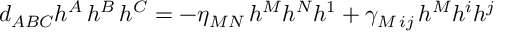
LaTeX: d _ { A B C } h ^ { A } \, h ^ { B } \, h ^ { C } = - \eta _ { M N } \, h ^ { M } h ^ { N } h ^ { 1 } + \gamma _ { M \, i j } \, h ^ { M } h ^ { i } h ^ { j }